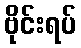
ဗိုင်းရပ်